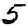
Digit: 5